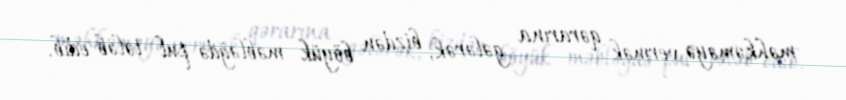
məhkəməyə vermək qərarına gələrək, bizdən böyük məbləğdə pul tələb edib.